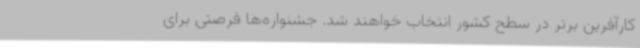
کارآفرین برتر در سطح کشور انتخاب خواهند شد. جشنواره‌ها فرصتی برای